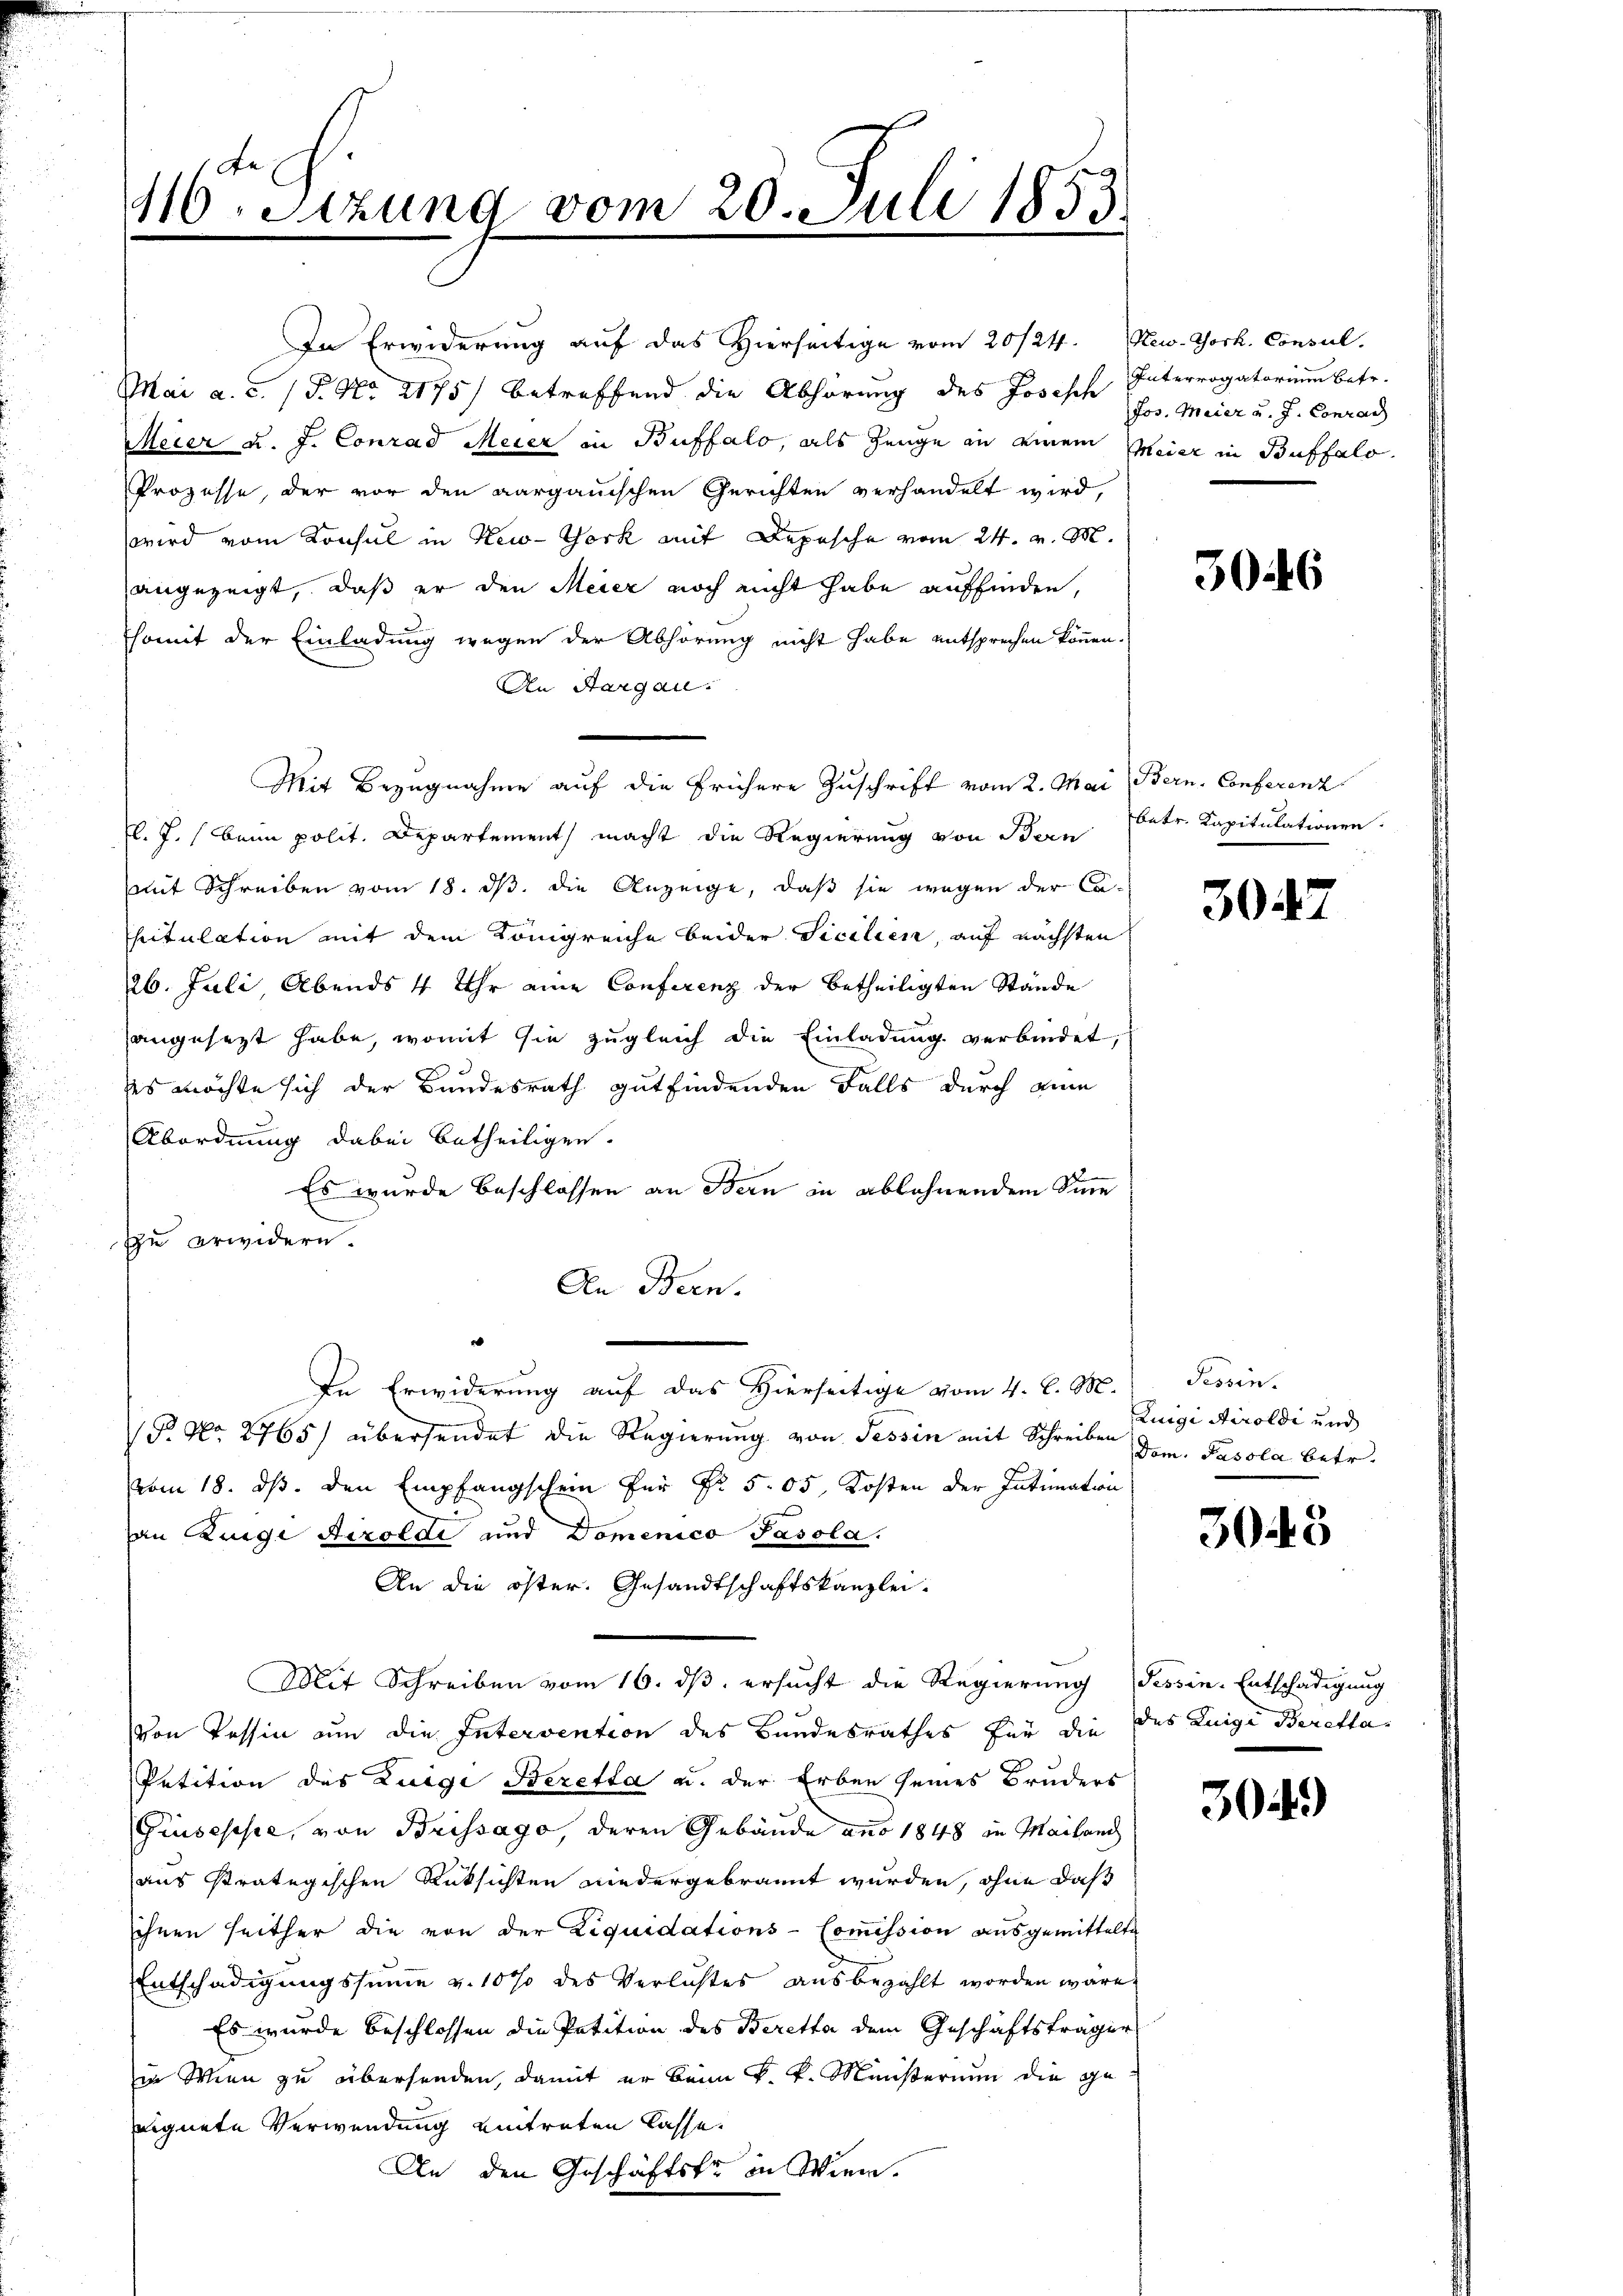
410. Sitzung vom 20. Juli 1853

In Erwiderung auf das Hierseitige vom 20/24. New-York, Consul
Mai a. c. (T. No 2175) betreffend die Abhörung des Josisch Interrogatorium betr.
Meier u. J. Conrad Meier in Buffalo, als Zeuge an einem Meier in Buffalo
Prozesse, der vor den aargauischen Gerichten verhandelt wird,
wird vom Konsul in New-York mit Depesche vom 24. v. M.
angezeigt, daß er den Meier noch nicht habe auffinden,
somit der Einladung wegen der Abhörung nicht habe entsprechen können.
An Aargau.
Mit Bezugnahme auf die frühere Zuschrift vom 2. Mai Bern, Conferenz
fl. J. beim polit. Departement macht die Regierung von Bern
mit Schreiben vom 18. ds. die Anzeige, daß sie wegen der Cahitulation mit dem Königreiche beider Sicilien, auf nächsten
26. Juli Abends 4 Uhr eine Conferenz der betheiligten Stände
angesezt habe, womit sie zugleich die Einladung verbindet,
es möchte sich der Bundesrath gutfindenden Falls durch eine
Abordnung dabei betheiligen.
Es wurde Beschlossen an Bern in ablehnendem Sinne
zu erwidern.
Den Bern.
In Erwiderung auf das Hierseitige vom 4. d. M. Tessin.
S No 2765) übersendet die Regierung von Tessin mit Schreiben dem. Pasola betr.
vom 18. ds. den Empfangschein für Fr. 505, Kosten der Intimation
an Zunge Airoldi und Domenico Pasola.
An die öster. Gesandtschaftskanzlei-
Mit Schreiben vom 16. dß ersucht die Regierung Tessin-Entschädigung
von Tessin um die Intervention des Bandesrathes für die des Luige Beretta¬
Petition des Luigi Beretta u. der Erben seines Bruders
Giuseppe, von Brissago, deren Gebäude aus 1848 in Mailand
aus stratugischen Rücksichten niedergebrannt wurden, ohne daß
ihnen seither die von der Liquidations-Commission ausgemittelte
Entschädigungssumme v. 10% des Verlustes ausbezahlt worden wäre.
Es wurde beschlossen die Petition des Beretta dem Geschäftsträger
in Wien zu überhanden, damit er beim k. k. Ministerium die geeignete Verwendung eintreten lasse.
An den Geschäftste in Wien.

Jos. Meier u. J. Conrad

3046

betr. Kapitulationen

30.

1

Luigi Airoldi und

3045

304)